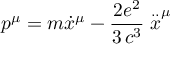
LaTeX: p ^ { \mu } = m \dot { x } ^ { \mu } - \frac { 2 e ^ { 2 } } { 3 \, c ^ { 3 } } \stackrel { . . } { x } ^ { \mu }